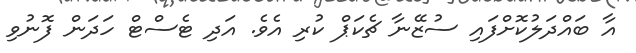
އާ ބައްދަލުކޮށްފައި ސުޒޭނާ ޗެކަޕް ކުރި އެވެ. އަދި ޓެސްޓް ހަދަން ފޮނުވި